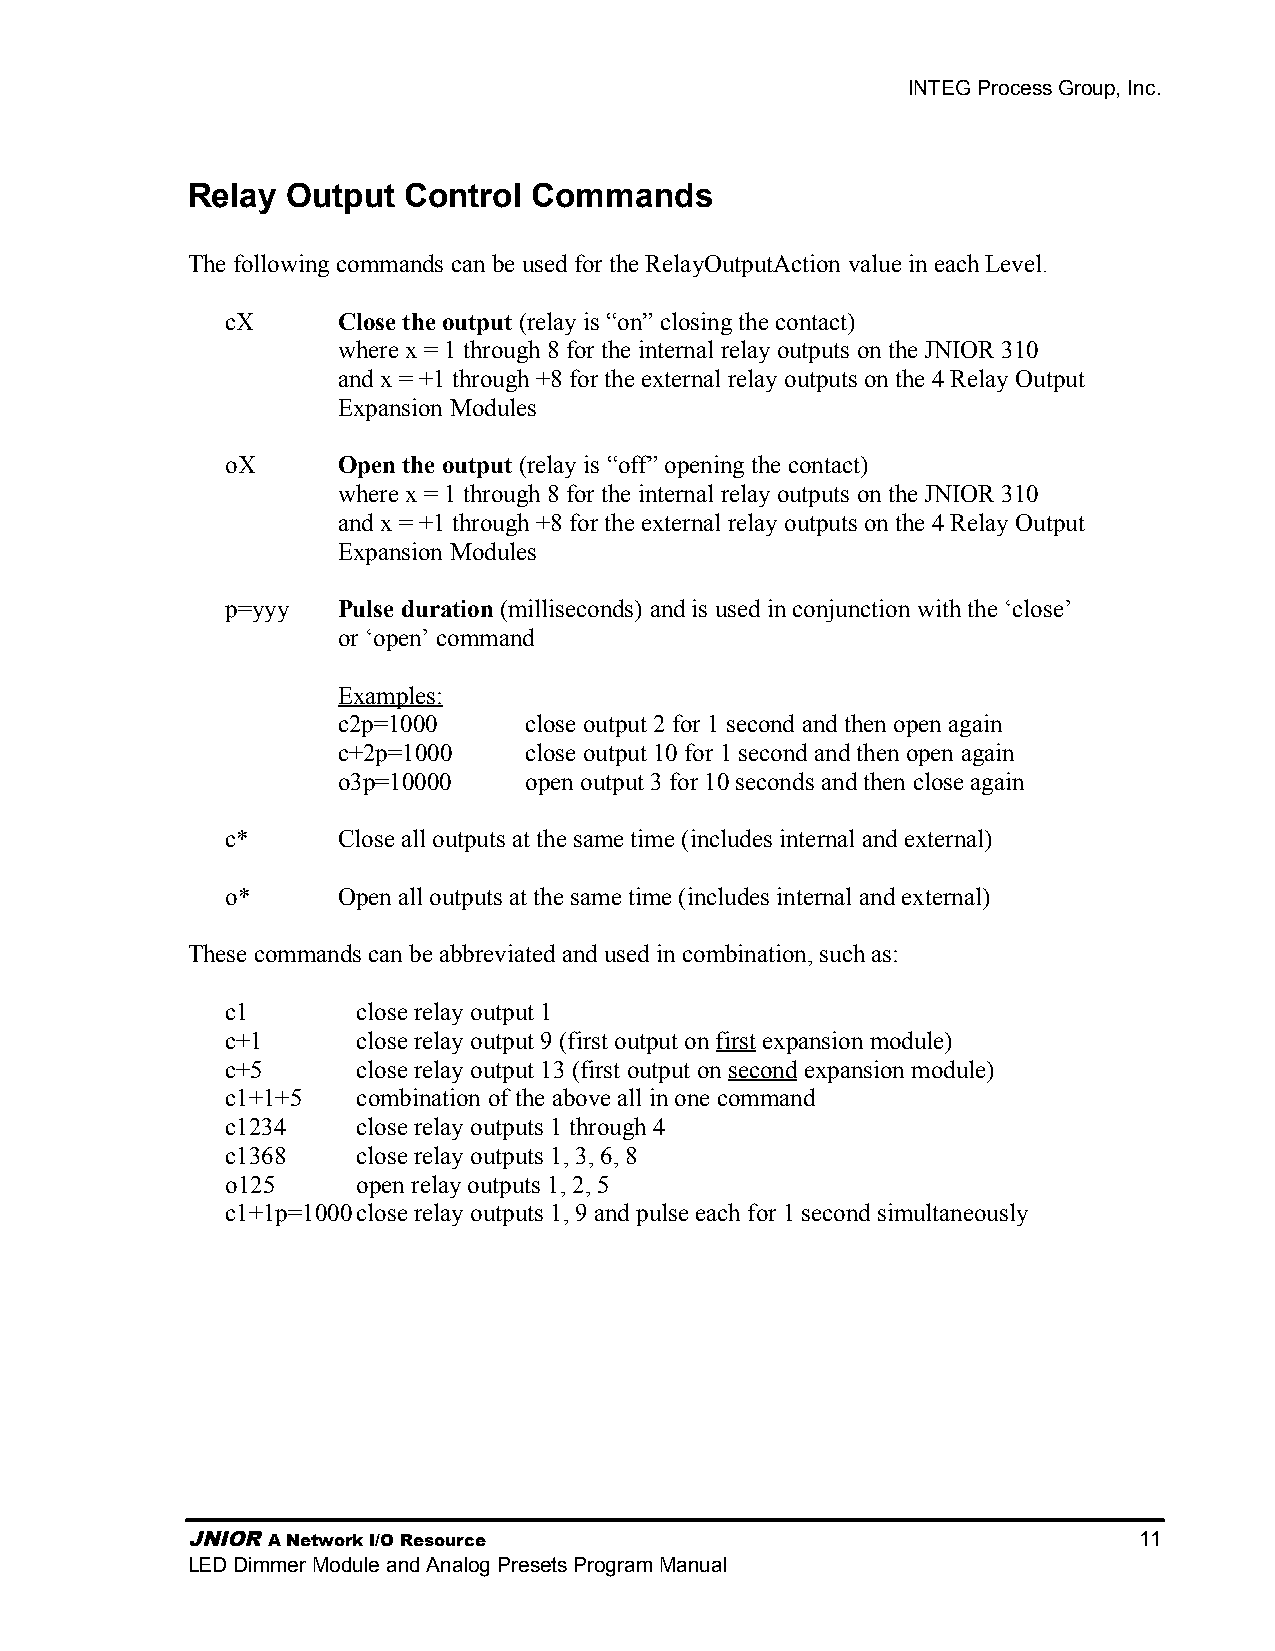
INTEG Process Group, Inc.
 Relay  Output  Control Commands
 The following commands can be used for the RelayOutputAction value in each Level.
 cX     Close the output (relay is “on” closing the contact)
 where x = 1 through 8 for the internal relay outputs on the JNIOR 310
 and x = +1 through +8 for the external relay outputs on the 4 Relay Output
 Expansion Modules
 oX     Open the output (relay is “off” opening the contact)
 where x = 1 through 8 for the internal relay outputs on the JNIOR 310
 and x = +1 through +8 for the external relay outputs on the 4 Relay Output
 Expansion Modules
 p=yyy  Pulse duration (milliseconds) and is used in conjunction with the ‘close’
 or ‘open’ command
 Examples:
 c2p=1000     close output 2 for 1 second and then open again
 c+2p=1000    close output 10 for 1 second and then open again
 o3p=10000    open output 3 for 10 seconds and then close again
 c*     Close all outputs at the same time (includes internal and external)
 o*     Open all outputs at the same time (includes internal and external)
 These commands can be abbreviated and used in combination, such as:
 c1       close relay output 1
 c+1      close relay output 9 (first output on first expansion module)
 c+5      close relay output 13 (first output on second expansion module)
 c1+1+5   combination of the above all in one command
 c1234    close relay outputs 1 through 4
 c1368    close relay outputs 1, 3, 6, 8
 o125     open relay outputs 1, 2, 5
 c1+1p=1000close relay outputs 1, 9 and pulse each for 1 second simultaneously
 JNIOR A Network I/O Resource                                   11
 LED Dimmer Module and Analog Presets Program Manual